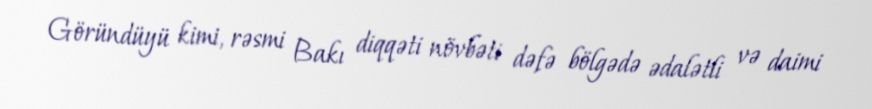
Göründüyü kimi, rəsmi Bakı diqqəti növbəti dəfə bölgədə ədalətli və daimi